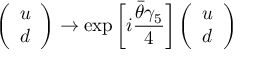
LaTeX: \left( \begin{array} { c } { { u } } \\ { { d } } \end{array} \right) \to \exp \left[ i \frac { \bar { \theta } \gamma _ { 5 } } { 4 } \right] \left( \begin{array} { c } { { u } } \\ { { d } } \end{array} \right)